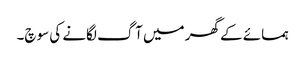
ہمسائے کے گھر میں آگ لگانے کی سوچ۔